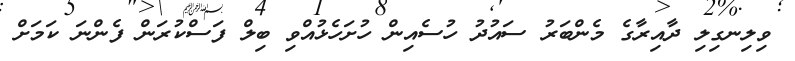
ވިލިނގިލި ދާއިރާގެ މެންބަރު ސައުދު ހުސެއިން ހުށަހެޅުއްވި ބިލް ފަސްކުރަން ފެންނަ ކަމަށް